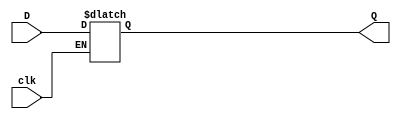
module d_latch (D, clk, Q);
	input D, clk;
	output reg Q;
	
	always@(D, clk)
		if(clk)
			Q = D;
			
endmodule

module posflipflop(D, Clock, Q);
	input D, Clock;
	output reg Q;
	
	always @(posedge Clock)
		Q = D;
		
endmodule

module negflipflop(D, Clock, Q);
	input D, Clock; 
	output reg Q;
	
	always@(negedge Clock)
		Q = D;
		
endmodule